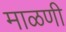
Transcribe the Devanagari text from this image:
माळणी